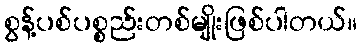
စွန့်ပစ်ပစ္စည်းတစ်မျိုးဖြစ်ပါတယ်။